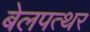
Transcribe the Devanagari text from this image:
बेलपत्थर